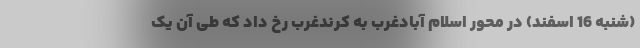
(شنبه 16 اسفند) در محور اسلام آبادغرب به کرندغرب رخ داد که طی آن یک